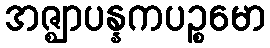
အဇ္ဈာပန္နကပဉ္စမော